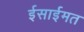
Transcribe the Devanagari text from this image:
ईसाईमत